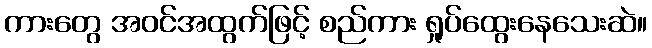
ကားတွေ အဝင်အထွက်ဖြင့် စည်ကား ရှုပ်ထွေးနေသေးဆဲ။